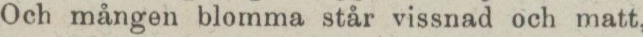
Och mången blomma står vissnad och matt,